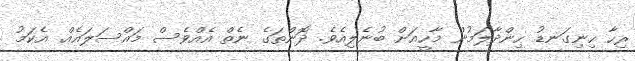
ރިހާ ހިނިގަނޑު ހިންދާލަމުން މާހީއަށް ބުނެލިއެވެ. ދޮންތަގެ ނެތް އެއްވެސް މައްސަލައެއް. އެކަމު